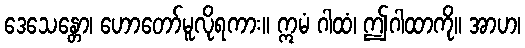
ဒေသေန္တော၊ ဟောတော်မူလိုရကား။ ဣမံ ဂါထံ၊ ဤဂါထာကို။ အာဟ၊